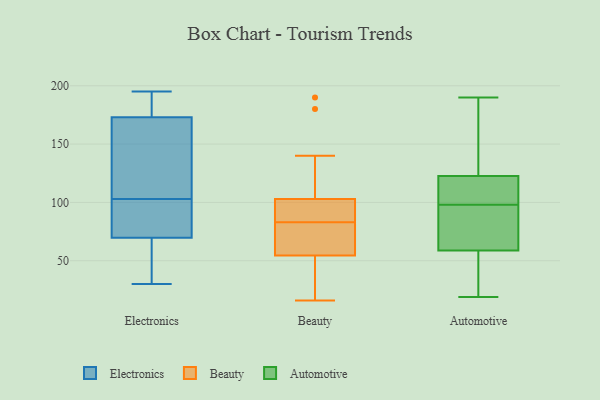
{"axis": {"x": "Satisfaction Score", "y": "Value"}, "legend": ["Automotive", "Beauty", "Electronics"], "data": [{"x": "", "y": 87, "type": "Electronics"}, {"x": "", "y": 78, "type": "Electronics"}, {"x": "", "y": 30, "type": "Electronics"}, {"x": "", "y": 125, "type": "Electronics"}, {"x": "", "y": 44, "type": "Electronics"}, {"x": "", "y": 103, "type": "Electronics"}, {"x": "", "y": 70, "type": "Electronics"}, {"x": "", "y": 69, "type": "Electronics"}, {"x": "", "y": 173, "type": "Electronics"}, {"x": "", "y": 174, "type": "Electronics"}, {"x": "", "y": 195, "type": "Electronics"}, {"x": "", "y": 132, "type": "Electronics"}, {"x": "", "y": 173, "type": "Electronics"}, {"x": "", "y": 16, "type": "Beauty"}, {"x": "", "y": 83, "type": "Beauty"}, {"x": "", "y": 96, "type": "Beauty"}, {"x": "", "y": 101, "type": "Beauty"}, {"x": "", "y": 190, "type": "Beauty"}, {"x": "", "y": 180, "type": "Beauty"}, {"x": "", "y": 103, "type": "Beauty"}, {"x": "", "y": 80, "type": "Beauty"}, {"x": "", "y": 64, "type": "Beauty"}, {"x": "", "y": 44, "type": "Beauty"}, {"x": "", "y": 103, "type": "Beauty"}, {"x": "", "y": 19, "type": "Beauty"}, {"x": "", "y": 71, "type": "Beauty"}, {"x": "", "y": 140, "type": "Beauty"}, {"x": "", "y": 24, "type": "Beauty"}, {"x": "", "y": 92, "type": "Beauty"}, {"x": "", "y": 58, "type": "Beauty"}, {"x": "", "y": 125, "type": "Automotive"}, {"x": "", "y": 85, "type": "Automotive"}, {"x": "", "y": 98, "type": "Automotive"}, {"x": "", "y": 28, "type": "Automotive"}, {"x": "", "y": 190, "type": "Automotive"}, {"x": "", "y": 165, "type": "Automotive"}, {"x": "", "y": 19, "type": "Automotive"}, {"x": "", "y": 100, "type": "Automotive"}, {"x": "", "y": 64, "type": "Automotive"}, {"x": "", "y": 110, "type": "Automotive"}, {"x": "", "y": 116, "type": "Automotive"}, {"x": "", "y": 85, "type": "Automotive"}, {"x": "", "y": 55, "type": "Automotive"}, {"x": "", "y": 190, "type": "Automotive"}, {"x": "", "y": 57, "type": "Automotive"}]}